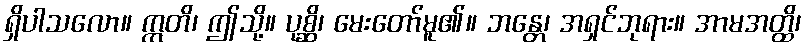
ရှိပါသလော။ ဣတိ၊ ဤသို့။ ပုစ္ဆိ၊ မေးတော်မူ၏။ ဘန္တေ၊ အရှင်ဘုရား။ အာမအတ္ထိ၊